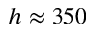
h \approx 3 5 0